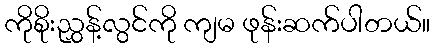
ကိုစိုးညွှန့်လွင်ကို ကျမ ဖုန်းဆက်ပါတယ်။